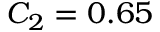
C _ { 2 } = 0 . 6 5